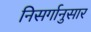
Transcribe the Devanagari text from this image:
निसर्गानुसार